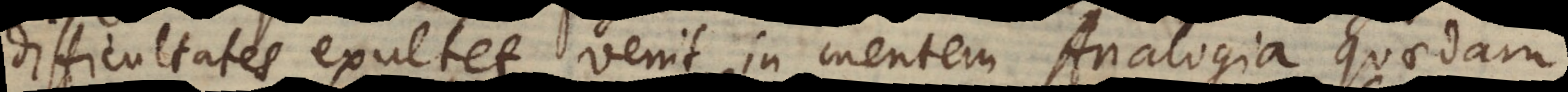
difficultates exultet, venit in mentem Analogia quaedam